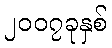
၂၀၀၇ခုနှစ်